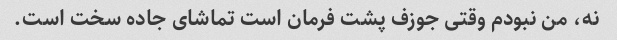
نه، من نبودم وقتی جوزف پشت فرمان است تماشای جاده سخت است.